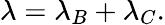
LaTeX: \lambda=\lambda_{B}+\lambda_{C}.